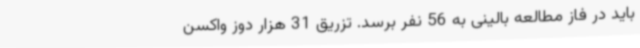
باید در فاز مطالعه بالینی به 56 نفر برسد. تزریق 31 هزار دوز واکسن